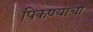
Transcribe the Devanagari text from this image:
पिकण्याचा